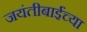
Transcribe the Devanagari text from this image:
जयंतीबाईंच्या